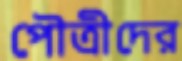
পৌত্রীদের